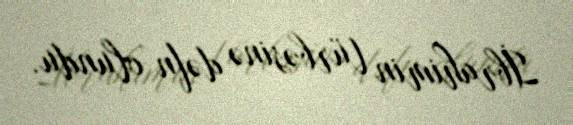
İbrahimin türbəsinə dəfn olundu.